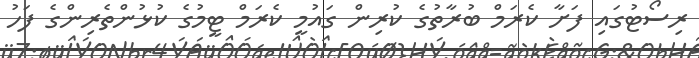
ރިސޯޓުގައި ފަށާ ކެރަމް ބުރާތުގެ ކުރިން ގައުމީ ކެރަމް ޓީމުގެ ކުޅުންތެރިންގެ ފަހު